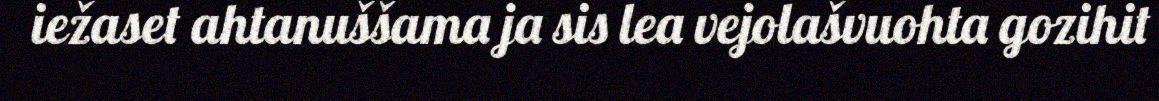
iežaset ahtanuššama ja sis lea vejolašvuohta gozihit